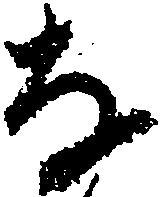
な